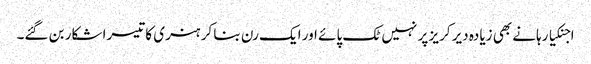
اجنکیا رہانے بھی زیادہ دیر کریز پر نہیں ٹک پائے اور ایک رن بنا کر ہنری کا تیسرا شکار بن گئے۔